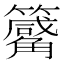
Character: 𥷑